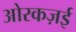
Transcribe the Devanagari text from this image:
ओरकज़ई